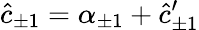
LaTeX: \hat{c}_{\pm 1}=\alpha_{\pm 1}+\hat{c}_{\pm 1}^{\prime}